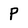
Character: P